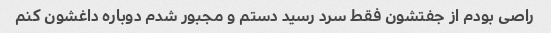
راصی بودم از جفتشون فقط سرد رسید دستم و مجبور شدم دوباره داغشون کنم